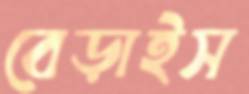
বেড়াইস